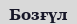
Бозғүл